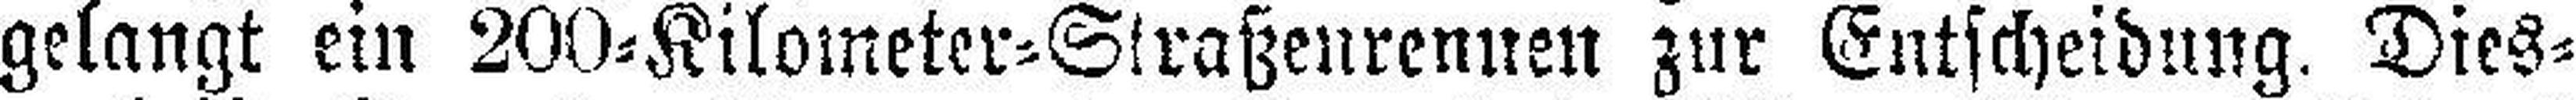
gelangt ein 200=Kilometer=Straßenrennen zur Entscheidung. Dies¬